Annual report on the Civil Veterinary Department, Burma (including the Insein Veterinary School) - 1923-1931
Year: 1923
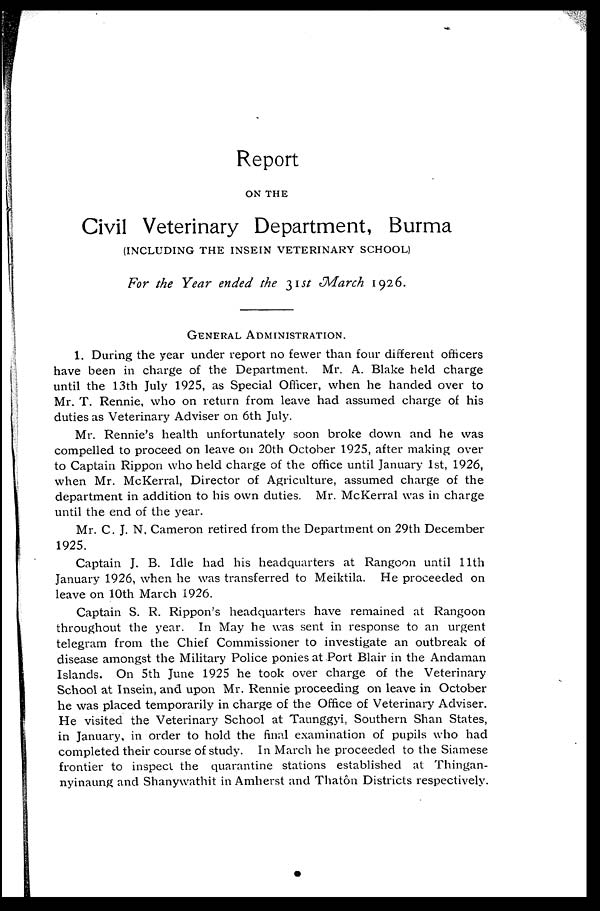
Report
ON THE
Civil Veterinary Department, Burma
(INCLUDING THE INSEIN VETERINARY SCHOOL)
For the Year ended the 31st March 1926.
GENERAL ADMINISTRATION.
1. During the year under report no fewer than four different officers
have been in charge of the Department. Mr. A. Blake held charge
until the 13th July 1925, as Special Officer, when he handed over to
Mr. T. Rennie, who on return from leave had assumed charge of his
duties as Veterinary Adviser on 6th July.
Mr. Rennie's health unfortunately soon broke down and he was
compelled to proceed on leave on 20th October 1925, after making over
to Captain Rippon who held charge of the office until January 1st, 1926,
when Mr. McKerral, Director of Agriculture, assumed charge of the
department in addition to his own duties. Mr. McKerral was in charge
until the end of the year.
Mr. C. J. N, Cameron retired from the Department on 29th December
1925.
Captain J. B. Idle had his headquarters at Rangoon until 11th
January 1926, when he was transferred to Meiktila. He proceeded on
leave on 10th March 1926.
Captain S. R. Rippon's headquarters have remained at Rangoon
throughout the year. In May he was sent in response to an urgent
telegram from the Chief Commissioner to investigate an outbreak of
disease amongst the Military Police ponies at Port Blair in the Andaman
Islands. On 5th June 1925 he took over charge of the Veterinary
School at Insein, and upon Mr. Rennie proceeding on leave in October
he was placed temporarily in charge of the Office of Veterinary Adviser.
He visited the Veterinary School at Taunggyi, Southern Shan States,
in January, in order to hold the final examination of pupils who had
completed their course of study. In March he proceeded to the Siamese
frontier to inspect the quarantine stations established at Thingan-
nyinaung and Shanywathit in Amherst and Thatôn Districts respectively.